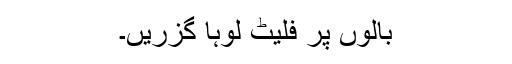
بالوں پر فلیٹ لوہا گزریں۔